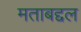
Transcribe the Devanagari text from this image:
मताबद्दल